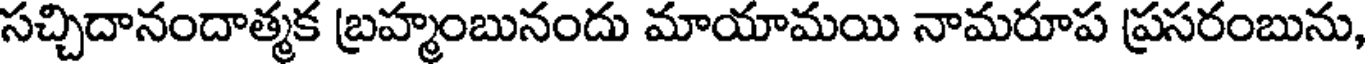
సచ్చిదానందాత్మక బ్రహ్మంబునందు మాయామయి నామరూప ప్రసరంబును,